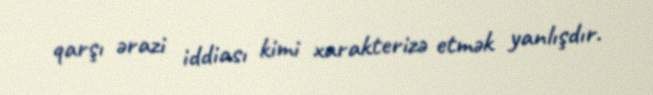
qarşı ərazi iddiası kimi xarakterizə etmək yanlışdır.